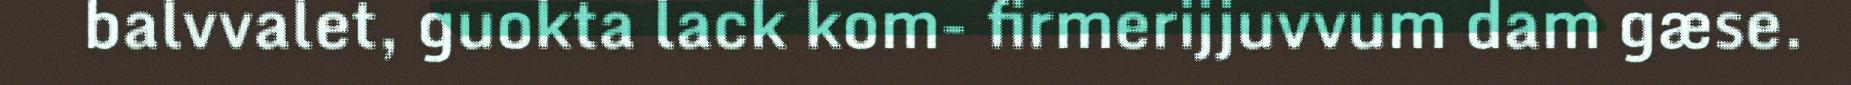
balvvalet, guokta lack kom- firmerijjuvvum dam gæse.